Annual vaccination report of Bihar and Orissa - 1911-1928
Year: 1911
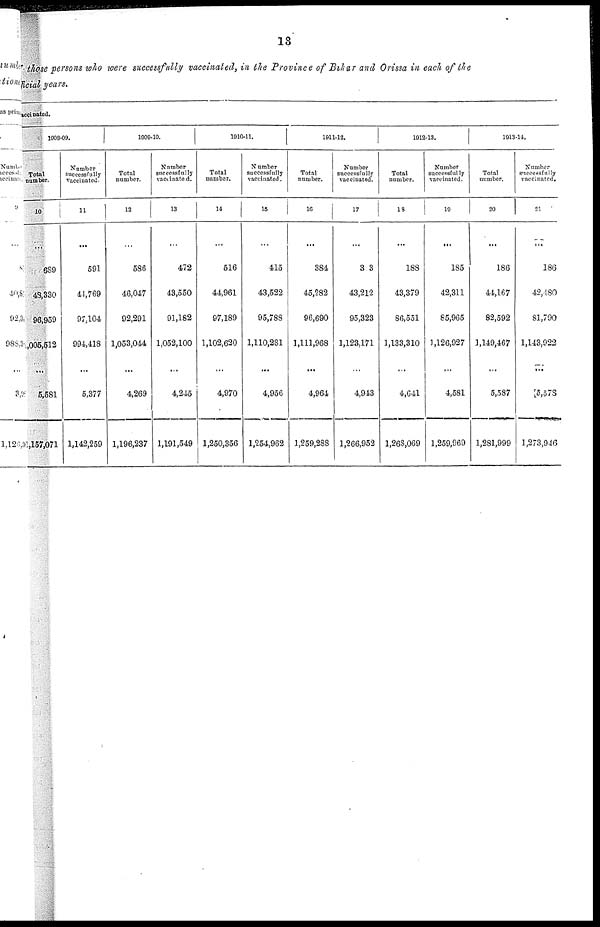
13
those persons who were successfully vaccinated, in the Province of Bihar and Orissa in each of the
official years.
accinated.
1908-09.
Total
number.
10
...
689
48,330
96,959
1,005,512
...
5,581
1,157,071
Number
successfully
vaccinated.
11
...
591
44,769
97,104
994,418
...
5,377
1,142,259
1909-10.
Total
number.
12
...
586
46,047
92,291
1,053,044
...
4,269
1,196,237
Number
successfully
vaccinated.
13
...
472
43,550
91,182
1,052,100
...
4,245
1,191,549
1910-11.
Total
number.
14
...
516
44,961
97,189
1,102,620
...
4,970
1,250,356
Number
successfully
vaccinated.
15
...
415
43,522
95,788
1,110,281
...
4,956
1,254,962
1911-12.
Total
number.
16
...
384
45,282
96,690
1,111,968
...
4,964
1,259,288
Number
successfully
vaccinated.
17
...
313
43,212
95,323
1,123,171
...
4,943
1,266,952
1912-13.
Total
number.
18
...
188
43,379
86,551
1,133,310
...
4,641
1,268,069
Number
successfully
vaccinated.
19
...
185
42,311
85,965
1,126,927
...
4,581
1,259,969
1913-14.
Total
number.
20
...
186
44,167
82,592
1,149,467
...
5,587
1,281,999
Number
successfulIy
vaccinated.
21
...
186
42,480
81,790
1,143,922
...
5,578
1,273,946